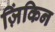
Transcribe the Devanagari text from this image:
ज़िंकिन